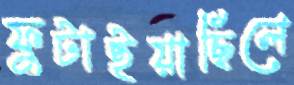
ফুটাইয়াছিলে